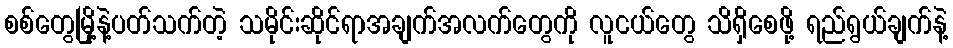
စစ်တွေမြို့နဲ့ပတ်သက်တဲ့ သမိုင်းဆိုင်ရာအချက်အလက်တွေကို လူငယ်တွေ သိရှိစေဖို့ ရည်ရွယ်ချက်နဲ့